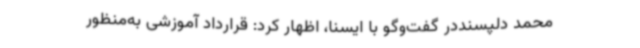
محمد دلپسنددر گفت‌وگو با ایسنا، اظهار کرد: قرارداد آموزشی به‌منظور